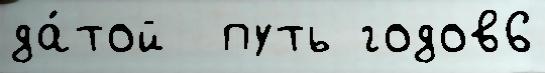
да́той  путь годов6